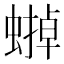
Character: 𧐼